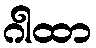
ဂါထာ